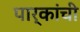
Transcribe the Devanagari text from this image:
पार्कांची